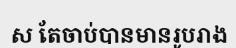
ស តែចាប់បានមានរូបរាង